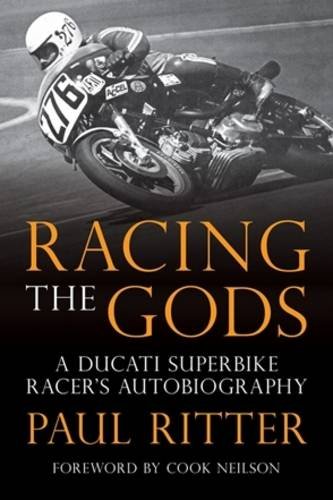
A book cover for Racing the Gods; Paul Ritter; Sports & Outdoors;